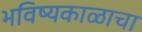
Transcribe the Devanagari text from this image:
भविष्यकाळाचा